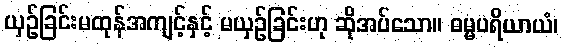
ယှဉ်ခြင်းမထုန်အကျင့်နှင့် မယှဉ်ခြင်းဟု ဆိုအပ်သော။ ဓမ္မပရိယာယံ၊